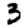
Digit: 3